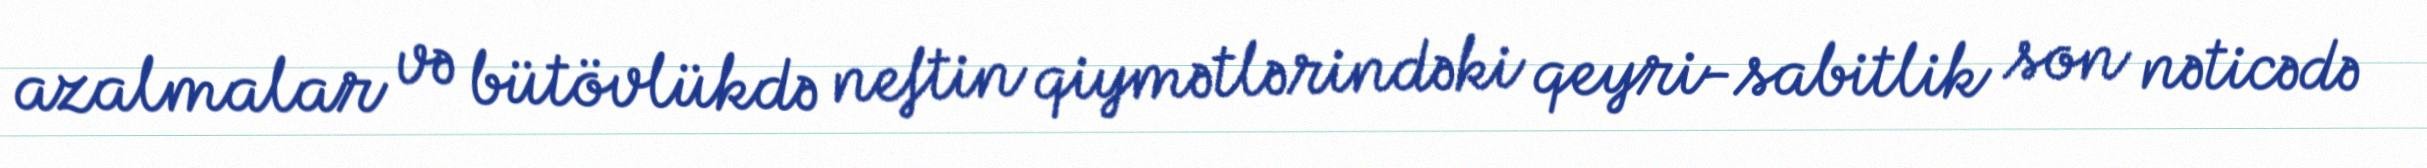
azalmalar və bütövlükdə neftin qiymətlərindəki qeyri-sabitlik son nəticədə